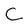
Character: C